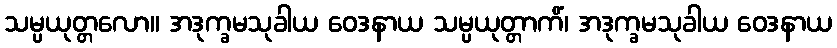
သမ္ပယုတ္တလော။ အဒုက္ခမသုခါယ ဝေဒနာယ သမ္ပယုတ္တာကိံ၊ အဒုက္ခမသုခါယ ဝေဒနာယ